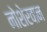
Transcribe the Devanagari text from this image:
नोशेरवान